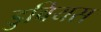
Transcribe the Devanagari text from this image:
डुबियस